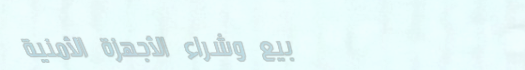
بيع وشراء الأجهزة الأمنية